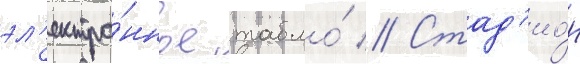
эл'ектро́нное табло́ // Стад'ио́н